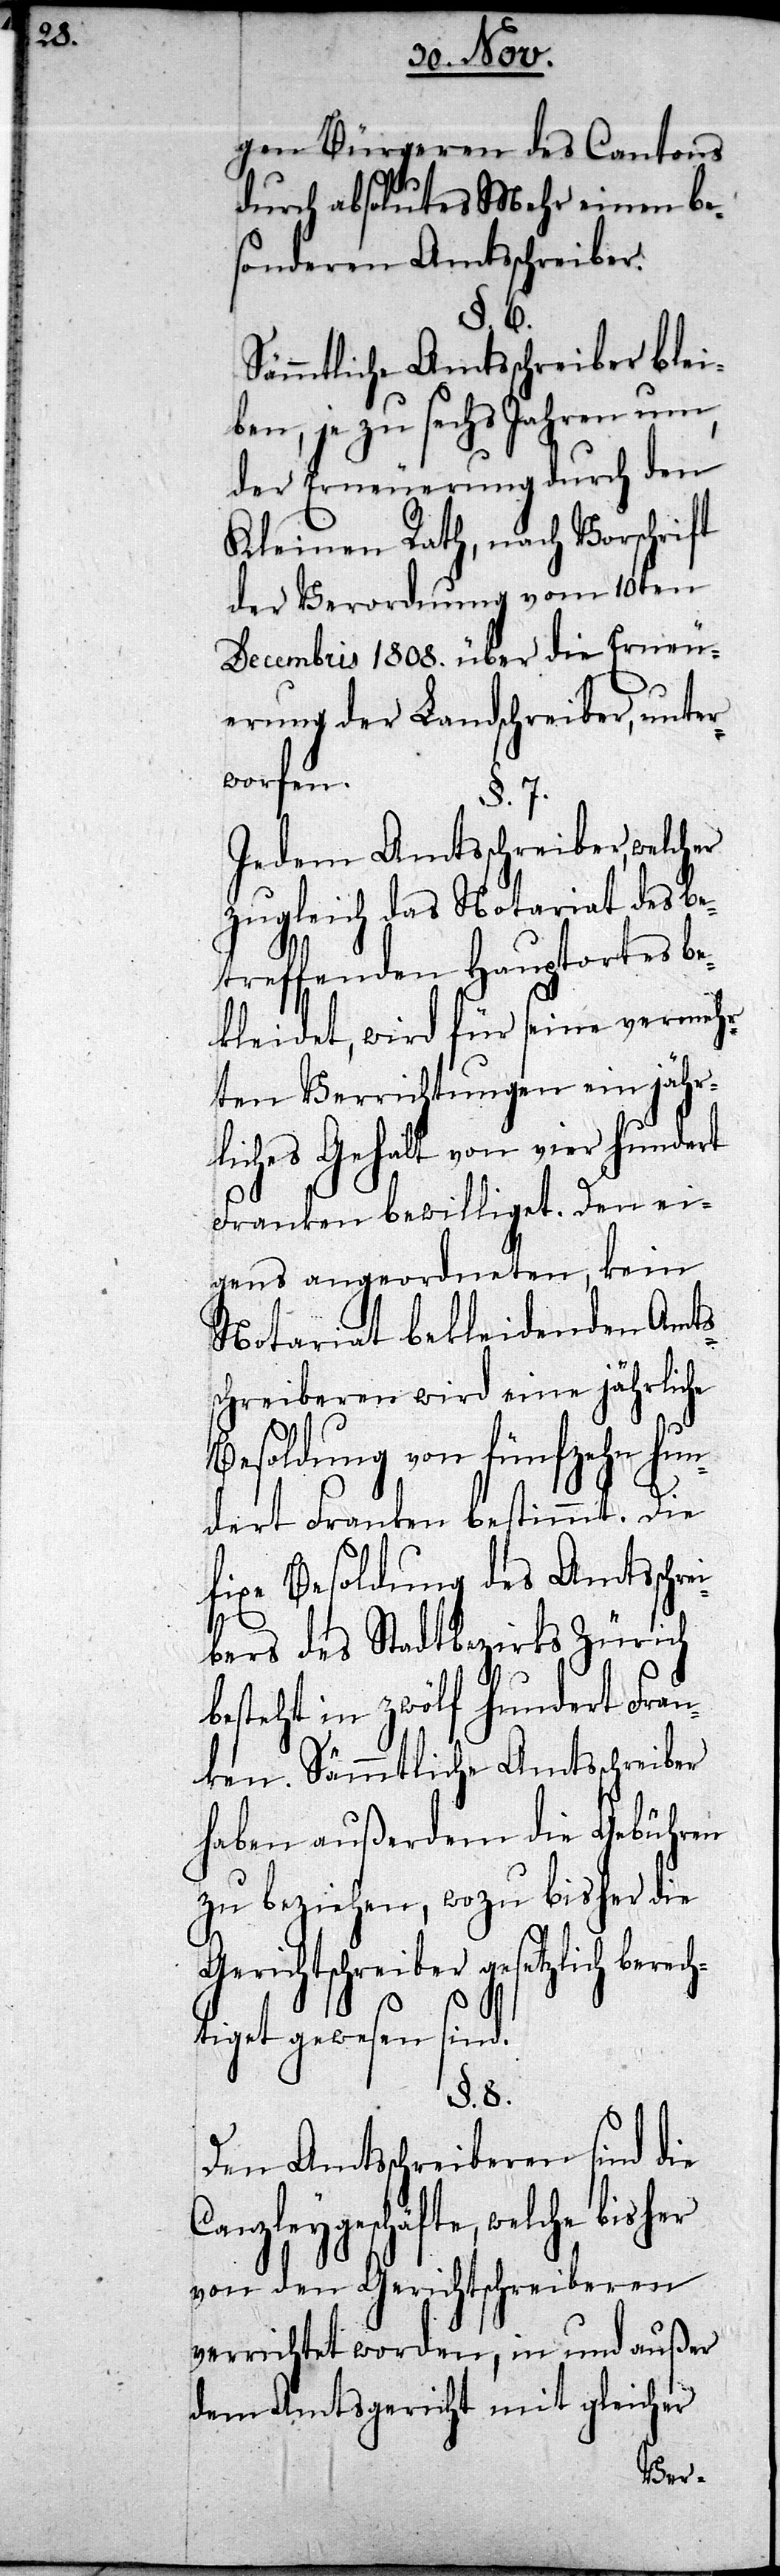
gen Bürgeren des Cantons
durch absolutes Mehr einen be¬
sonderen Amtsschreiber.
§. 6.
Sämmtliche Amtsschreiber blei¬
ben, je zu sechs Jahren um,
der Erneuerung durch den
Kleinen Rath, nach Vorschrift
der Verordnung vom 10ten
Decembris 1808. über die Erneu¬
erung der Landschreiber, unter¬
worfen.
§. 7.
Jedem Amtsschreiber, welcher
zugleich das Notariat des be¬
treffenden Hauptortes be¬
kleidet, wird für seine vermeh¬
rten Verrichtungen ein jähr¬
liches Gehalt von vier hundert
Franken bewilliget. Den ei¬
gens angeordneten, kein
Notariat bekleidenden Amts¬
schreiberen wird eine jährliche
Besoldung von fünfzehn hun¬
dert Franken bestimmt. Die
fixe Besoldung des Amtsschre¬
ibers des Stadtbezirks Zürich
besteht in zwölf hundert Fran¬
ken. Sämmtliche Amtsschreiber
haben außerdem die Gebühren
zu beziehen, wozu bisher die
Gerichtschreiber gesetzlich berech¬
tiget gewesen sind.
§. 8.
Den Amtsschreiberen sind die
Canzleygeschäfte, welche
von den Gerichtsschreiberen
verrichtet worden, in und außer
dem Amtsgericht mit gleicher